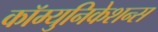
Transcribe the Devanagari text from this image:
कॉम्युनिकेशन्स